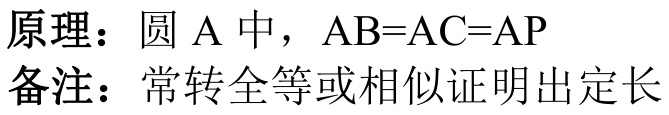
原理：圆\(A\)中，\(AB = AC = AP\)
备注：常转全等或相似证明出定长